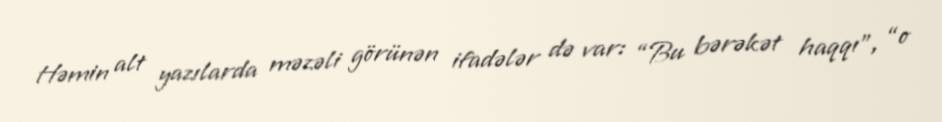
Həmin alt yazılarda məzəli görünən ifadələr də var: “Bu bərəkət haqqı”, “o